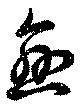
戀